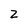
Character: Z